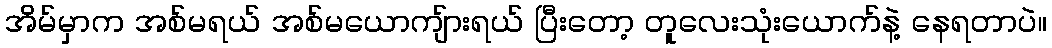
အိမ်မှာက အစ်မရယ် အစ်မယောကျ်ားရယ် ပြီးတော့ တူလေးသုံးယောက်နဲ့ နေရတာပဲ။